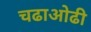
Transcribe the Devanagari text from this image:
चढाओढी